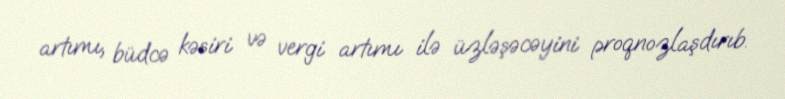
artımı, büdcə kəsiri və vergi artımı ilə üzləşəcəyini proqnozlaşdırıb.